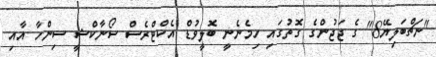
"ނަޗްބަލިޔޭ8" ގެ ޖަޖުންގެ ގޮތުގައި ހިމެނެނީ ބޮލީވުޑް އެކްޓްރެސް ސޯނާކްޝީ ސިންހާ އާއި